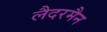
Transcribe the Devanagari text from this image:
लैदरमैन